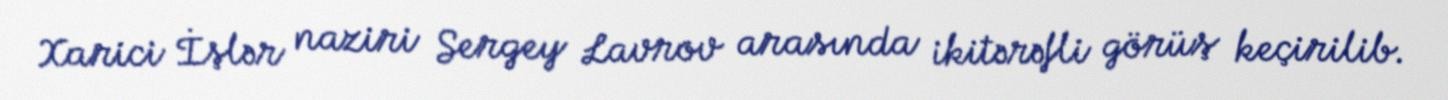
Xarici İşlər naziri Sergey Lavrov arasında ikitərəfli görüş keçirilib.